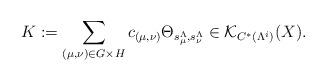
LaTeX: \begin{align*}K:=\sum_{(\mu,\nu)\in G\times H}c_{(\mu,\nu)}\Theta_{s_\mu^\Lambda , s_\nu^\Lambda}\in \mathcal{K}_{C^*(\Lambda^i)}(X).\end{align*}